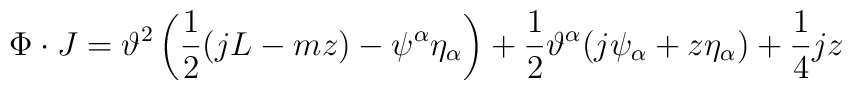
\Phi \cdot J =  \vartheta^2 \left(\frac{1}{2}(jL-mz)-\psi^\alpha\eta_\alpha \right)  + \frac{1}{2}\vartheta^\alpha(j\psi_\alpha+z\eta_\alpha)  + \frac{1}{4} j z